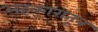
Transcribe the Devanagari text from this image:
अहंकारातून